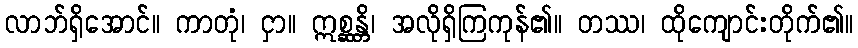
လာဘ်ရှိအောင်။ ကာတုံ၊ ငှာ။ ဣစ္ဆန္တိ၊ အလိုရှိကြကုန်၏။ တဿ၊ ထိုကျောင်းတိုက်၏။